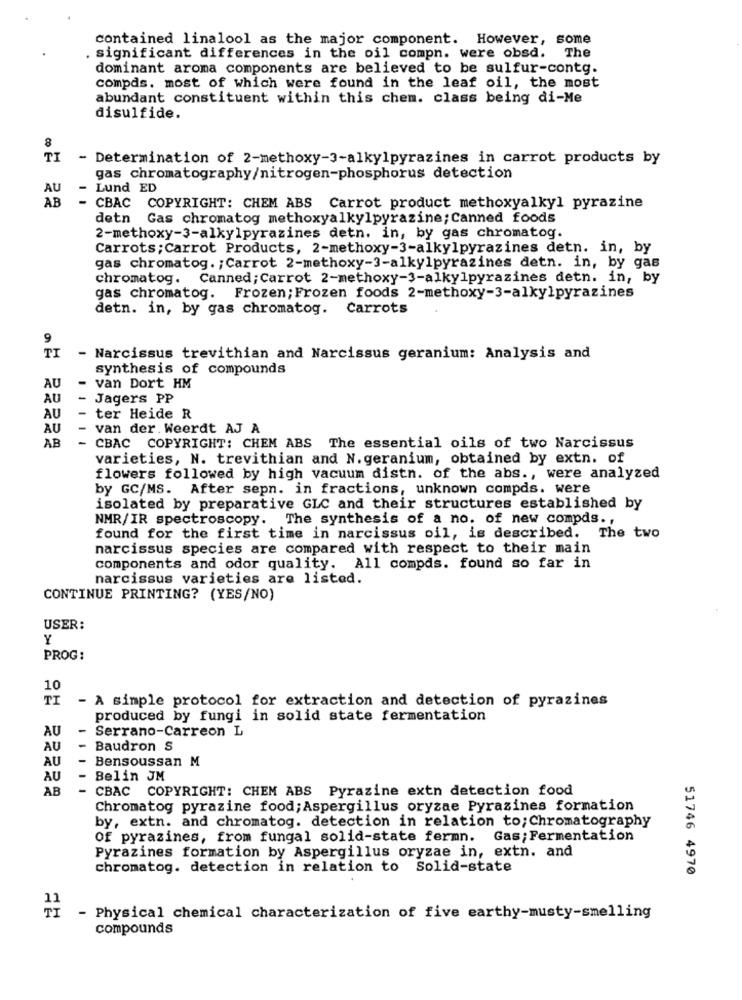
contained linalool as the major component. However, some
significant differences in the oil compn. were obsd. The
dominant aroma components are believed to be sulfur-contg.
compds. most of which were found in the leaf oil, the most
abundant constituent within this chem. class being di-Me
disulfide.
8
TI
- Determination of 2-methoxy-3-alkylpyrazines in carrot products by
gas chromatography/nitrogen-phosphorus detection
AU
Lund ED
AB
CBAC COPYRIGHT: CHEM ABS Carrot product methoxyalkyl pyrazine
detn Gas chromatog methoxyalkylpyrazine; Canned foods
2-methoxy-3-alkylpyrazines detn. in, by gas chromatog.
Carrots ; Carrot Products, 2-methoxy-3-alkylpyrazines detn. in, by
gas chromatog. ; Carrot 2-methoxy-3-alkylpyrazines detn. in, by gas
chromatog. Canned; Carrot 2-methoxy-3-alkylpyrazines detn. in, by
gas chromatog. Frozen; Frozen foods 2-methoxy-3-alkylpyrazines
detn. in, by gas chromatog. Carrots
9
TI
- Narcissus trevithian and Narcissus geranium: Analysis and
synthesis of compounds
AU
- van Dort HM
AU
- Jagers PP
AU
-
ter Heide R
AU
-
van der. Weerdt AJ A
AB
- CBAC COPYRIGHT: CHEM ABS The essential oils of two Narcissus
varieties, N. trevithian and N. geranium, obtained by extn. of
flowers followed by high vacuum distn. of the abs ., were analyzed
by GC/MS. After sepn. in fractions, unknown compds. were
isolated by preparative GLC and their structures established by
NMR/IR spectroscopy. The synthesis of a no. of new compds .,
found for the first time in narcissus oil, is described.
The two
narcissus species are compared with respect to their main
components and odor quality. All compds. found so far in
narcissus varieties are listed.
CONTINUE PRINTING? (YES/NO)
USER:
Y
PROG:
10
TI
- A simple protocol for extraction and detection of pyrazines
produced by fungi in solid state fermentation
AU
-
Serrano-Carreon L
AU
-
Baudron S
AU
-
Bensoussan M
AU
- Belin JM
AB
- CBAC COPYRIGHT: CHEM ABS Pyrazine extn detection food
Chromatog pyrazine food; Aspergillus oryzae Pyrazines formation
by, extn. and chromatog. detection in relation to; Chromatography
Of pyrazines, from fungal solid-state fermn. Gas; Fermentation
Pyrazines formation by Aspergillus oryzae in, extn. and
chromatog. detection in relation to Solid-state
51746 4970
TI
- Physical chemical characterization of five earthy-musty-smelling
compounds